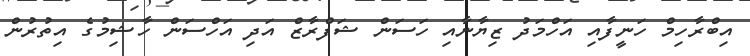
އިބްރާހިމް ހަނީފާއި އަހްމަދު ޒިޔާނާއި ހަސަން ޝަފްރާޒް އަދި އަހްސަން ހާޝިމުގެ އިތުރުން